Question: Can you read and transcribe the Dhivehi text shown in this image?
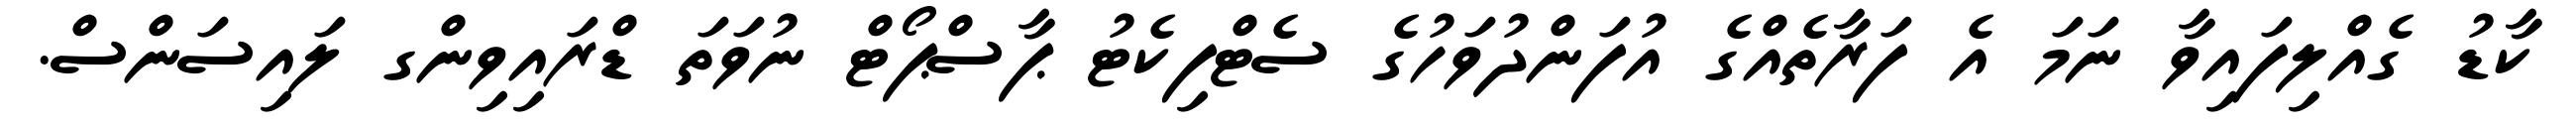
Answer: ކާޑު ގެއްލިފައިވާ ނަމަ އެ ފަރާތެއްގެ އުފަންދުވަހުގެ ސެޓްފިކެޓު ޕާސްޕޯޓް ނުވަތަ ޑްރައިވިންގ ލައިސަންސް.